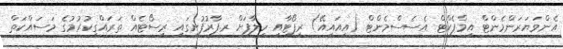
އެންވަޔަރަންމެންޓް އިމްޕެކްޓް އެސެސްމެންޓް (އީއައިއޭ) ރިޕޯޓާއި ހިލާފަށް ރ.ފާރުފުށީގައި ރިސޯޓެއް ތަރައްގީކުރުމުގެ މަސައްކަތް